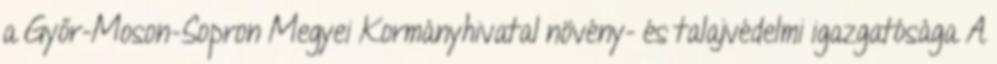
a Győr-Moson-Sopron Megyei Kormányhivatal növény- és talajvédelmi igazgatósága A